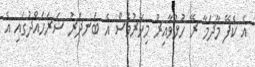
އެ ކެފޭ މާދަމާ ރޭ ހުޅުވާއިރު މިހާރުވެސް އެ ބަނދަރު ސަރަހައްދުގައި އެ